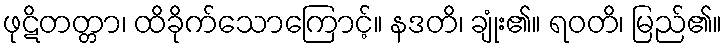
ဖုဋိတတ္တာ၊ ထိခိုက်သောကြောင့်။ နဒတိ၊ ချုံး၏။ ရဝတိ၊ မြည်၏။